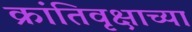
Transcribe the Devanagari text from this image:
क्रांतिवृक्षाच्या